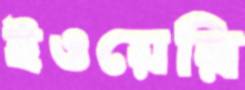
ইওয়েরি